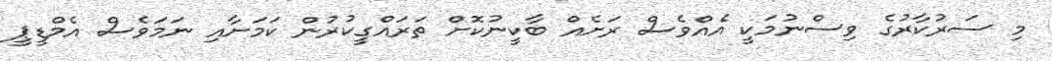
މި ސަރުކާރުގެ ވިސްނުމަކީ އެއްވެސް ރަށެއް ބާކީނުކޮށް ތަރައްގީކުރުން ކަމަށާއި ނަމަވެސް އެމްޑީޕީ